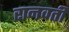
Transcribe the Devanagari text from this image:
रानवती